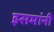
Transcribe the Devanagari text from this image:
इसमांनी